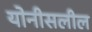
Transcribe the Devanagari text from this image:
योनीसलील